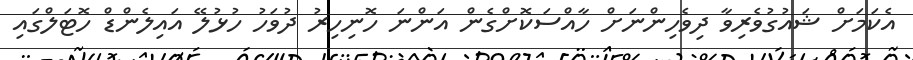
އެކަމަށް ޝައުގުވެރިވާ ދިވެހިންނަށް ހާއްސަކޮށްގެން އަންނަ ހޮނިހިރު ދުވަހު ހުޅުލޭ އައިލެންޑް ހޮޓަލްގައި